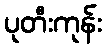
ပုတီးကုန်း